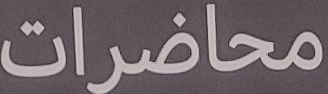
محاضرات